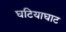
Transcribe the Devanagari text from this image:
घटियाघाट